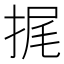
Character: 捤